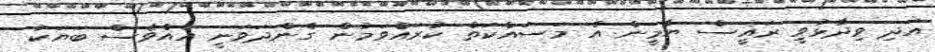
އަދި ވިދާޅުވީ ރައީސް ޔާމީން އެ މަސައްކަތް ކުރައްވަމުން ގެންދަވަނީ އެއްވެސް ބަޔަކު